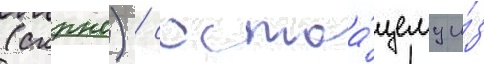
(скрнс) / состоа́щему и́з